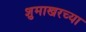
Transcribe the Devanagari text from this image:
शुमाखरच्या